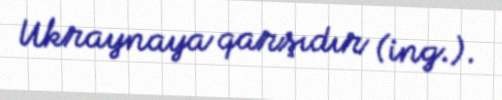
Ukraynaya qarşıdır (ing.).